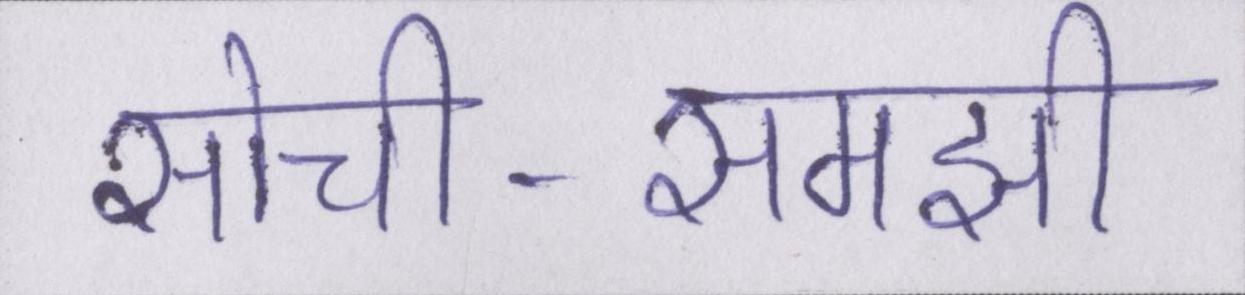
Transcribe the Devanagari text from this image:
सोची-समझी